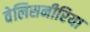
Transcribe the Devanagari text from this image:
वेलिसनीरिया